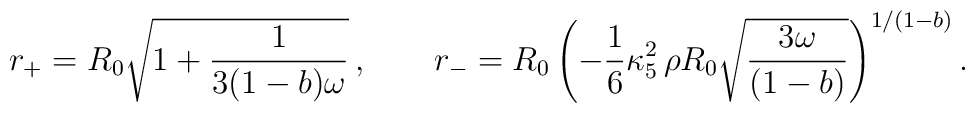
r_+=R_0 \sqrt{1+\frac{1}{3(1-b)\omega}}\,, \qquad r_-=R_0 \left(-\frac{1}{6} \kappa_5^2\, \rho R_0 \sqrt{3\omega\over(1-b)}\right)^{1/(1-b)}.